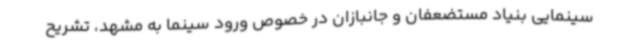
سینمایی بنیاد مستضعفان و جانبازان در خصوص ورود سینما به مشهد، تشریح